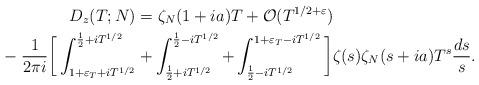
LaTeX: \begin{align*}D_{z}(T;N)&=\zeta_N(1+{ia})T+\mathcal{O}(T^{1/2+\varepsilon})\\ -\; \frac{1}{2\pi i }\bigg[\int_{1+\varepsilon_T+iT^{1/2}}^{\frac{1}{2}+iT^{1/2}}&+\int_{\frac{1}{2}+iT^{1/2}}^{\frac{1}{2}-iT^{1/2}}+\int_{\frac{1}{2}-iT^{1/2}}^{1+\varepsilon_T-iT^{1/2}}\bigg] \zeta(s)\zeta_N(s+{ia})T^s\frac{ds}{s}.\end{align*}